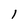
Character: 1